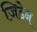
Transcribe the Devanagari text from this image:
जिडेन